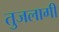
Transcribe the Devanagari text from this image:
तुजलागी